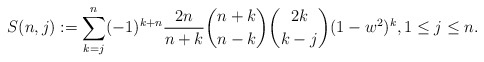
\begin{align*}S(n,j) := \sum_{k = j}^n (-1)^{k+n} \frac{2n}{n+k}\binom{n+k}{n-k} \binom{2k}{k-j} (1-w^2)^k, 1 \leq j \leq n.\end{align*}